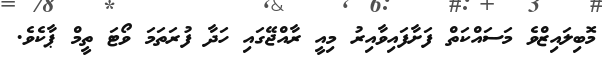
މޮބިލައިޒްވެ މަސައްކަތް ފަށާފައިވާއިރު މިއީ ރާއްޖޭގައި ހަދާ ފުރަތަމަ ވޯޓަ ތީމް ޕާކެވެ.